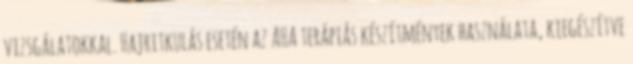
vizsgálatokkal. Hajritkulás esetén az AHA terápiás készítmények használata, kiegészítve